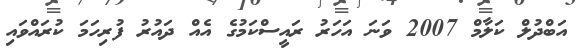
އަބްދުލް ކަލާމް 2007 ވަނަ އަހަރު ރައީސްކަމުގެ އެއް ދައުރު ފުރިހަމަ ކުރައްވައި